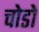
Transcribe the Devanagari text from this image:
चोडो